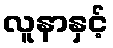
လူနာနှင့်